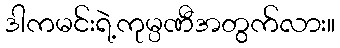
ဒါကမင်းရဲ့ကုမ္ပဏီအတွက်လား။